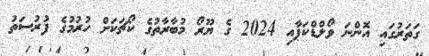
ގަތަރުގައި އޮންނަ ވޯލްޑްކަޕާއި 2024 ގެ ޔޫރޯ މުބާރާތުގެ ކޯޗަކަށް ހުރުމުގެ ފުރުސަތު